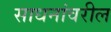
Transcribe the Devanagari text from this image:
साधनांवरील